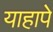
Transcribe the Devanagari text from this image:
याहापे